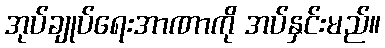
အုပ်ချုပ်ရေးအာဏာကို အပ်နှင်းမည်။